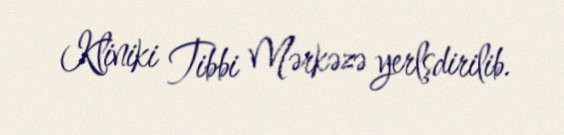
Kliniki Tibbi Mərkəzə yerlşdirilib.